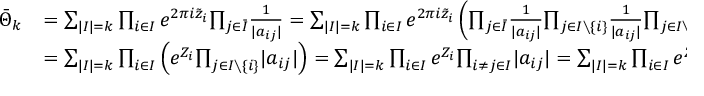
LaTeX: \begin{array} { r l } { { \bar { \Theta } _ { k } } } & { { = { \sum } _ { | I | = k } \prod _ { i \in I } e ^ { 2 \pi i \tilde { z } _ { i } } { \prod _ { j \in { \bar { I } } } } { \frac { 1 } { | a _ { i j } | } } = { \sum } _ { | I | = k } \prod _ { i \in I } e ^ { 2 \pi i \tilde { z } _ { i } } \left( { \prod _ { j \in { \bar { I } } } } { \frac { 1 } { | a _ { i j } | } } { \prod _ { j \in I \setminus \{ i \} } } { \frac { 1 } { | a _ { i j } | } } { \prod _ { j \in I \setminus \{ i \} } } | a _ { i j } | \right) } } \\ { { } } & { { = { \sum } _ { | I | = k } \prod _ { i \in I } \left( e ^ { Z _ { i } } { \prod _ { j \in I \setminus \{ i \} } } | a _ { i j } | \right) = { \sum } _ { | I | = k } \prod _ { i \in I } e ^ { Z _ { i } } { \prod _ { i \ne j \in I } } | a _ { i j } | = { \sum } _ { | I | = k } \prod _ { i \in I } e ^ { Z _ { i } } { \prod _ { i < j ; \ i , j \in I } } a _ { i j } ^ { 2 } } } \end{array}